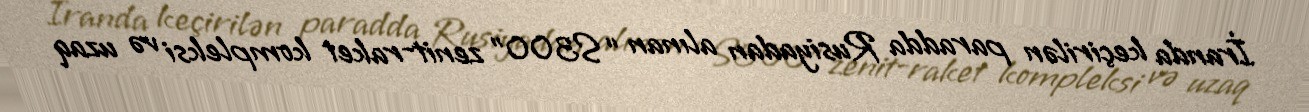
İranda keçirilən paradda Rusiyadan alınan “S300” zenit-raket kompleksi və uzaq